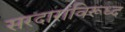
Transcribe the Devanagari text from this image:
सरदारांविरूध्द